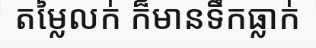
តម្លៃលក់ ក៏មានទឹកធ្លាក់